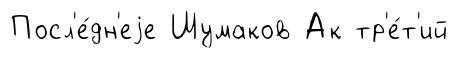
Посл'е́дн'еjе Шумаков Ак тр'е́т'ий